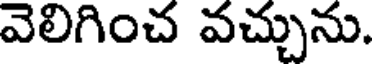
వెలిగించ వచ్చును.